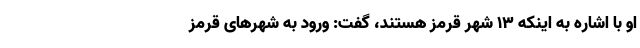
او با اشاره به اینکه ١٣ شهر قرمز هستند، گفت: ورود به شهر‌های قرمز